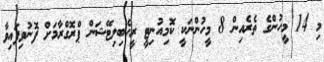
މި 14 މީހުންގެ ތެރެއިން 8 މީހުންނަކީ ކޮމިއުނިޓީ ރީހެބިލިޓޭޝަން ޕްރޮގްރާމަށް ފޮނުވިފައިވާ